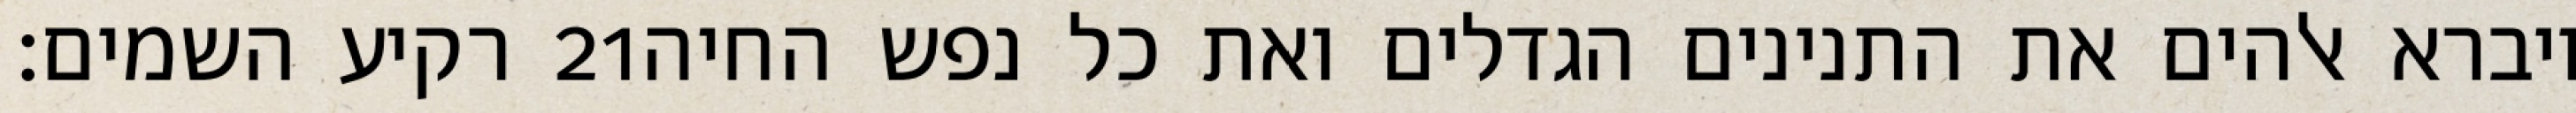
רקיע השמים׃ ‎21‏ ויברא אלהים את התנינים הגדלים ואת כל נפש החיה